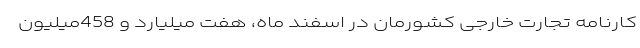
کارنامه تجارت خارجی کشورمان در اسفند ماه، هفت میلیارد و 458میلیون